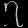
Digit: ၇